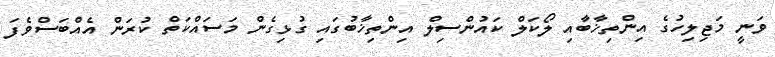
ވަނީ މަޖިލިހުގެ އިންތިޚާބާއި ލޯކަލް ކައުންސިލް އިންތިޚާބުގައި ގުޅިގެން މަސައްކަތް ކުރަން އެއްބަސްވެފަ